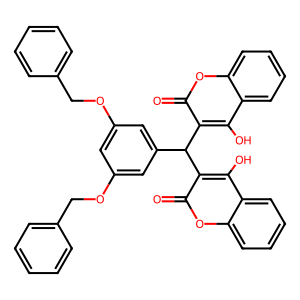
SMILES: O=c1oc2ccccc2c(O)c1C(c1cc(OCc2ccccc2)cc(OCc2ccccc2)c1)c1c(O)c2ccccc2oc1=O
Inhibits HIV replication: No